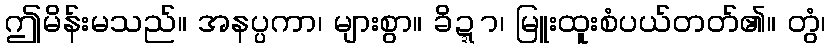
ဤမိန်းမသည်။ အနပ္ပကာ၊ များစွာ။ ခိဍ္ဍာ၊ မြူးထူးစံပယ်တတ်၏။ တွံ၊